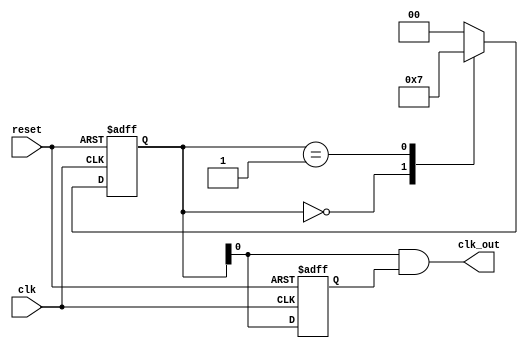
module clk_3div (clk,reset,clk_out);

  input clk, reset;
  output clk_out;
  reg[1:0] state;
  reg clk1;
    always @(posedge clk or negedge reset)
      if(!reset)
         state<=2'b00;
      else
        case(state)
          2'b00:state<=2'b01;
          2'b01:state<=2'b11;
          2'b11:state<=2'b00;
          default:state<=2'b00;
        endcase
        
  always @(negedge clk or negedge reset)
      if(!reset)
         clk1<=1'b0;
      else
         clk1<=state[0];
         
  assign clk_out=state[0]&clk1;
endmodule